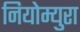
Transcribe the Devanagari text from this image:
नियोम्युरा